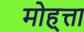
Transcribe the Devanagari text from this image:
मोह्त्ता